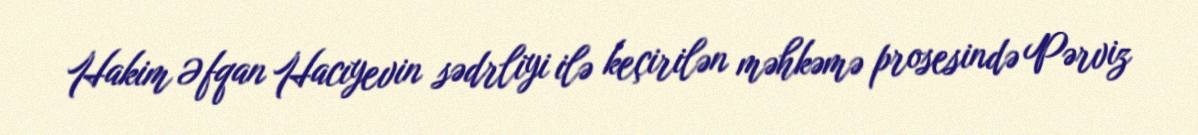
Hakim Əfqan Hacıyevin sədrliyi ilə keçirilən məhkəmə prosesində Pərviz